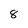
Character: 8